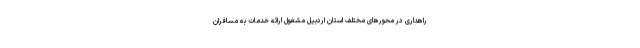
راهداری در محورهای مختلف استان اردبیل مشغول ارائه خدمات به مسافران